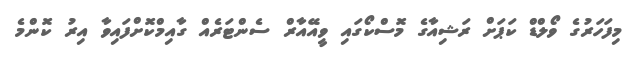
މިފަހަރުގެ ވޯލްޑް ކަޕަށް ރަޝިއާގެ މޮސްކޯގައި ވީއޭއާރް ސެންޓަރެއް ގާއިމްކޮށްފައިވާ އިރު ކޮންމެ